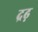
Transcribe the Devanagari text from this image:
द्रढ़